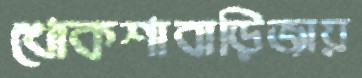
খোকশাবাড়িজায়